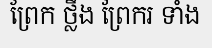
ព្រែក ថ្លឹង ព្រែករ ទាំង